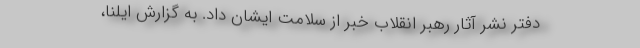
دفتر نشر آثار رهبر انقلاب خبر از سلامت ایشان داد. به گزارش ایلنا،